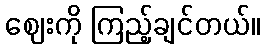
ဈေးကို ကြည့်ချင်တယ်။